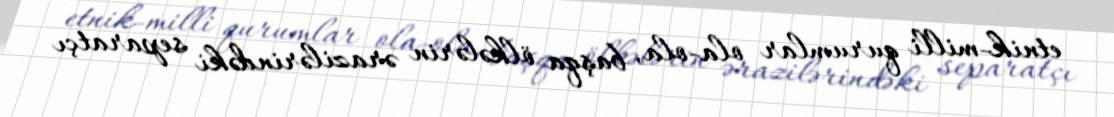
etnik-milli qurumlar ola-ola, başqa ölkələrin ərazilərindəki separatçı